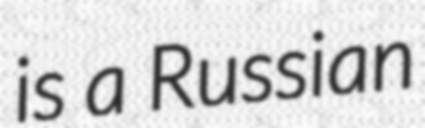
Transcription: is a Russian